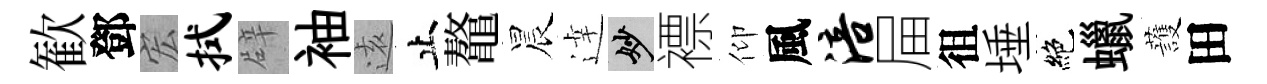
歓鄧宏拭辟袖逺止鼇晨逹妙褾仰風涪屇徂埵絶蠟䕶田